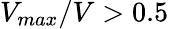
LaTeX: V_{max}/V>0.5